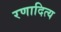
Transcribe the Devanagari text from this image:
रणादित्य